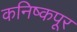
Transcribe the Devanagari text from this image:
कनिष्कपूर